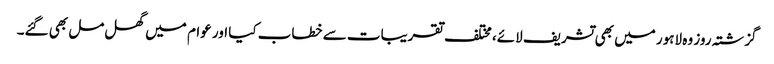
گزشتہ روز وہ لاہور میں بھی تشریف لائے، مختلف تقریبات سے خطاب کیا اور عوام میں گھل مل بھی گئے۔